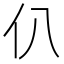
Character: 仈